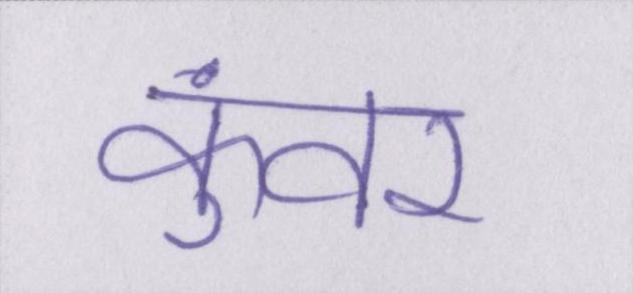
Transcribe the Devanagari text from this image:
कुंवर